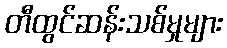
တီထွင်ဆန်းသစ်မှုများ